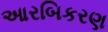
આરબિકરણ